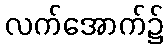
လက်အောက်၌